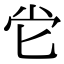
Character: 𡭠